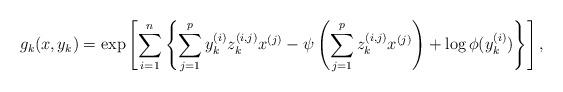
LaTeX: \begin{align*}g_{k}(x,y_{k})=\exp\left[\sum_{i=1}^{n}\left\{ \sum_{j=1}^{p}y_{k}^{(i)}z_{k}^{(i,j)}x^{(j)}-\psi\left(\sum_{j=1}^{p}z_{k}^{(i,j)}x^{(j)}\right)+\log\phi(y_{k}^{(i)})\right\} \right],\end{align*}